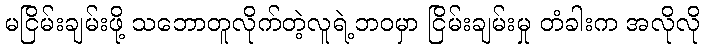
မငြိမ်းချမ်းဖို့ သဘောတူလိုက်တဲ့လူရဲ့ဘဝမှာ ငြိမ်းချမ်းမှု တံခါးက အလိုလို